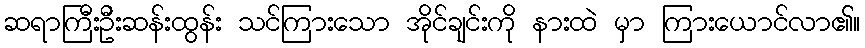
ဆရာကြီးဦးဆန်းထွန်း သင်ကြားသော အိုင်ချင်းကို နားထဲ မှာ ကြားယောင်လာ၏။